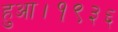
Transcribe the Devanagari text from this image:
हुआ।१९३६